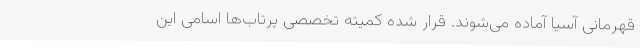
قهرمانی آسیا آماده می‌شوند. قرار شده کمیته تخصصی پرتاب‌ها اسامی این